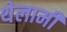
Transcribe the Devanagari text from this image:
थेलामी